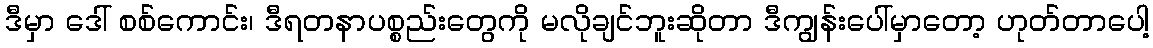
ဒီမှာ ဒေါ် စစ်ကောင်း၊ ဒီရတနာပစ္စည်းတွေကို မလိုချင်ဘူးဆိုတာ ဒီကျွန်းပေါ်မှာတော့ ဟုတ်တာပေါ့